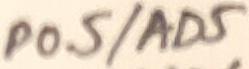
Text: P0.5/AD5